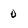
Character: 0